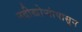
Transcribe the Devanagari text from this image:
नदीखोर्‍यांपासून